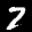
Label: 7